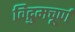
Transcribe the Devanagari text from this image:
विद्रुमचूर्ण